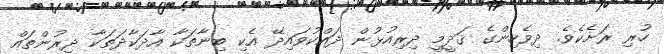
ހުރި ރަށެކެވެ. ދިވެހިންގެ ޤަދީމީ ދިރިއުޅުން ދައްކުވައިދޭ އެކި ބިނާތަކާ އާދަކާދަތަކާ ދިރުންތައް